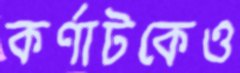
কর্ণাটকেও